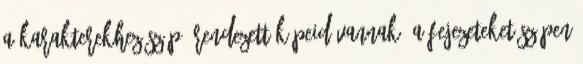
a karakterekhez szép, rendezett képeid vannak; a fejezeteket szépen